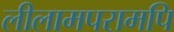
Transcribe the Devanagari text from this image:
लीलामपरामपि